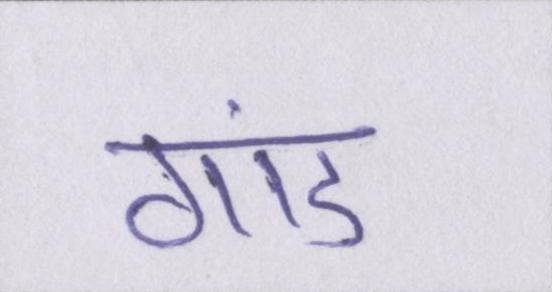
गांड